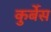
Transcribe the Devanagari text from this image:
कुर्बेस